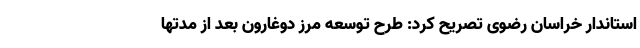
استاندار خراسان رضوی تصریح کرد: طرح توسعه مرز دوغارون بعد از مدتها